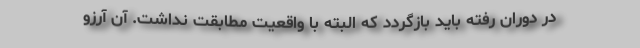
در دوران رفته باید بازگردد که البته با واقعیت مطابقت نداشت. آن آرزو